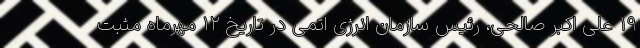
۱۹ علی اکبر صالحی، رئیس سازمان انرژی اتمی در تاریخ ۱۲ مهرماه مثبت